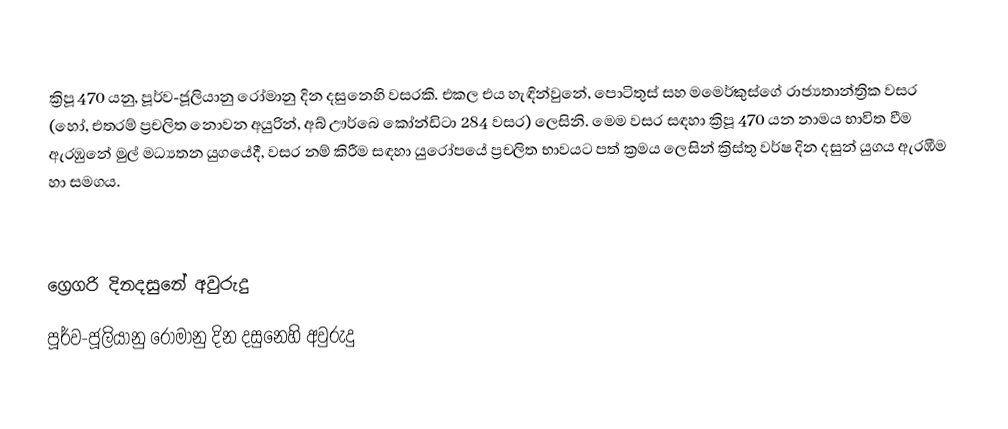

ක්‍රිපූ 470 යනු, පූර්ව-ජූලියානු රෝමානු දින දසුනෙහි වසරකි. එකල එය හැඳින්වුනේ, පොටිතුස් සහ මමෙර්කුස්ගේ රාජ්‍යතාන්ත්‍රික වසර (හෝ, එතරම් ප්‍රචලිත නොවන අයුරින්, අබ් ඌර්බෙ කෝන්ඩිටා 284 වසර) ලෙසිනි. මෙම වසර සඳහා ක්‍රිපූ 470 යන නාමය භාවිත වීම ඇරඹුනේ මුල්  මධ්‍යතන යුගයේදී, වසර නම් කිරීම සඳහා යුරෝපයේ ප්‍රචලිත භාවයට පත් ක්‍රමය ලෙසින් ක්‍රිස්තු වර්ෂ දින දසුන් යුගය ඇරඹීම හා සමගය.

ග්‍රෙගරි දිනදසුනේ අවුරුදු
පූර්ව-ජූලියානු රෝමානු දින දසුනෙහි අවුරුදු